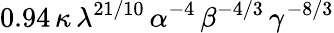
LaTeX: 0.94\, \kappa\, \lambda^{21/10}\, \alpha^{-4}\, \beta^{-4/3}\, \gamma^{-8/3}